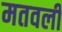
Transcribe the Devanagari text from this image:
मतवली